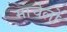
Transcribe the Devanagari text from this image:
मार्चेलो